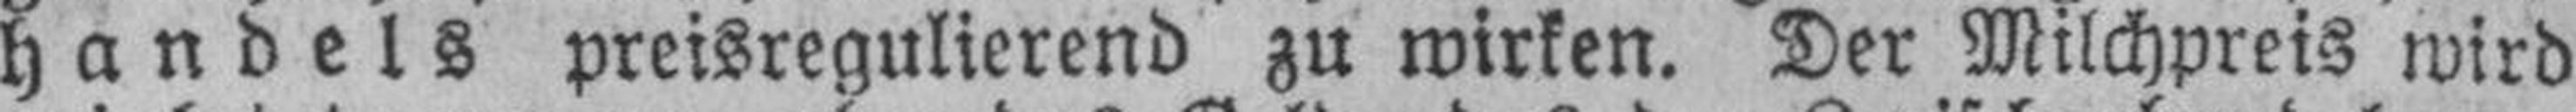
handels preisregulierend zu wirken. Der Milchpreis wird